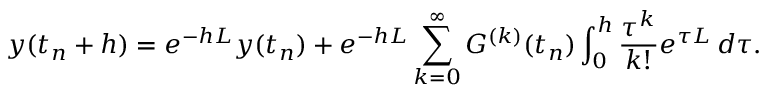
y ( t _ { n } + h ) = e ^ { - h L } y ( t _ { n } ) + e ^ { - h L } \sum _ { k = 0 } ^ { \infty } G ^ { ( k ) } ( t _ { n } ) \int _ { 0 } ^ { h } \frac { \tau ^ { k } } { k ! } e ^ { \tau L } \, d \tau .